Report of the Indian Hemp Drugs Commission, 1894-1895 - Volume IV
Year: 1894
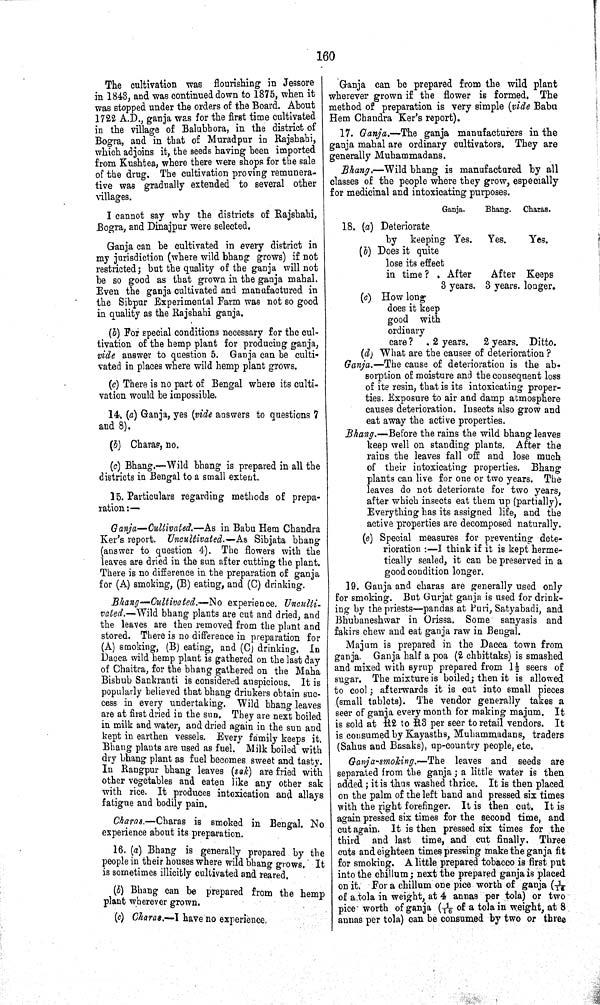
160
The cultivation was flourishing in Jessore
in 1843, and was continued down to 1875, when it
was stopped under the orders of the Board. About
1722 A.D., ganja was for the first time cultivated
in the village of Balubhora, in the district of
Bogra, and in that of Muradpur in Rajshahi,
which adjoins it, the seeds having been imported
from Kushtea, where there were shops for the sale
of the drug. The cultivation proving remunera¬
tive was gradually extended to several other
villages.
I cannot say why the districts of Rajshahi,
Bogra, and Dinajpur were selected.
Ganja can be cultivated in every district in
my jurisdiction (where wild bhang grows) if not
restricted; but the quality of the ganja will not
be so good as that grown in the ganja mahal.
Even the ganja cultivated and manufactured in
the Sibpur Experimental Farm was not so good
in quality as the Rajshahi ganja.
(b) For special conditions necessary for the cul¬
tivation of the hemp plant for producing ganja,
vide answer to question 5. Ganja can be culti¬
vated in places where wild hemp plant grows.
(c) There is no part of Bengal where its culti¬
vation would be impossible.
14, (a) Ganja, yes (vide answers to questions 7
and 8).
(b) Charas, no.
(c) Bhang.—Wild bhang is prepared in all the
districts in Bengal to a small extent.
15. Particulars regarding methods of prepa¬
ration:—
Ganja—Cultivated.—As in Babu Hem Chandra
Ker's report. Uncultivated.—As Sibjata bhang
(answer to question 4). The flowers with the
leaves are dried in the sun after cutting the plant.
There is no difference in the preparation of ganja
for (A) smoking, (B) eating, and (C) drinking.
Bhang—Cultivated.—No experience. Unculti-
vated.—Wild bhang plants are cut and dried, and
the leaves are then removed from the plant and
stored. There is no difference in preparation for
(A) smoking, (B) eating, and (C) drinking. In
Dacca wild hemp plant is gathered on the last day
of Chaitra, for the bhang gathered on the Maha
Bishub Sankranti is considered auspicious. It is
popularly believed that bhang drinkers obtain suc¬
cess in every undertaking. Wild bhang leaves
are at first dried in the sun. They are next boiled
in milk and water, and dried again in the sun and
kept in earthen vessels. Every family keeps it.
Bhang plants are used as fuel. Milk boiled with
dry bhang plant as fuel becomes sweet and tasty.
In Rangpur bhang leaves (sak) are fried with
other vegetables and eaten like any other sak
with rice. It produces intoxication and allays
fatigue and bodily pain.
Charas.—Charas is smoked in Bengal. No
experience about its preparation.
16. (a) Bhang is generally prepared by the
people in their houses where wild bhang grows. It
is sometimes illicitly cultivated and reared.
(b) Bhang can be prepared from the hemp
plant wherever grown.
(c) Charas.—I have no experience.
Ganja can be prepared from the wild plant
wherever grown if the flower is formed. The
method of preparation is very simple (vide Babu
Hem Chandra Ker's report).
17. Ganja.—The ganja manufacturers in the
ganja mahal are ordinary cultivators. They are
generally Muhammadans.
Bhang.—Wild bhang is manufactured by all
classes of the people where they grow, especially
for medicinal and intoxicating purposes.
Ganja.
Bhang. Charas.
18. (a) Deteriorate
by keeping Yes. Yes.
Yes.
(b) Does it quite
lose its effect
in time ?
After
After Keeps
3 years. 3 years. longer.
(c) How long
does it keep
good with
ordinary
care ?
2 years. 2 years. Ditto.
(d) What are the causes of deterioration ?
Ganja.—The cause of deterioration is the ab-
sorption of moisture and the consequent loss
of its resin, that is its intoxicating proper¬
ties. Exposure to air and damp atmosphere
causes deterioration. Insects also grow and
eat away the active properties.
Bhang.—Before the rains the wild bhang leaves
keep well on standing plants. After the
rains the leaves fall off and lose much
of their intoxicating properties. Bhang
plants can live for one or two years. The
leaves do not deteriorate for two years,
after which insects eat them up (partially).
Everything has its assigned life, and the
active properties are decomposed naturally.
(e) Special measures for preventing dete¬
rioration:—I think if it is kept herme¬
tically sealed, it can be preserved in a
good condition longer.
19. Ganja and charas are generally used only
for smoking. But Gurjat ganja is used for drink¬
ing by the priests—pandas at Puri, Satyabadi, and
Bhubaneshwar in Orissa. Some sanyasis and
fakirs chew and eat ganja raw in Bengal.
Majum is prepared in the Dacca town from
ganja. Ganja half a poa (2 chhittaks) is smashed
and mixed with syrup prepared from 1½ seers of
sugar. The mixture is boiled; then it is allowed
to cool; afterwards it is cut into small pieces
(small tablets). The vendor generally takes a
seer of ganja every month for making majum. It
is sold at R2 to R8 per seer to retail vendors. It
is consumed by Kayasths, Muhammadans, traders
(Sahus and Basaks), up-country people, etc.
Ganja-smoking.—The leaves and seeds are
separated from the ganja; a little water is then
added; it is thus washed thrice. It is then placed
on the palm of the left hand and pressed six times
with the right forefinger. It is then cut. It is
again pressed six times for the second time, and
cut again. It is then pressed six times for the
third and last time, and cut finally. Three
cuts and eighteen times pressing make the ganja fit
for smoking. A little prepared tobacco is first put
into the chillum; next the prepared ganja is placed
on it. For a chillum one pice worth of ganja (1/16
of a tola in weight, at 4 annas per tola) or two
pice worth of ganja (1/16 of a tola in weight, at 8
annas per tola) can be consumed by two or three